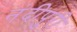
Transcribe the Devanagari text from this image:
नंदीपुरी